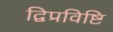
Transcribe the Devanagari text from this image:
द्विप्रविष्टि